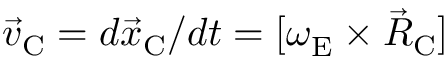
{ \vec { v } } _ { \mathrm { C } } = d { \vec { x } } _ { \mathrm { C } } / d t = [ { \boldsymbol \omega } _ { \mathrm { E } } ^ { } \times { \vec { R } } _ { \mathrm { C } } ]